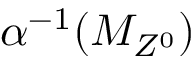
\alpha ^ { - 1 } ( M _ { Z ^ { 0 } } )